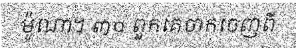
ម៉ូណា។ ៣០ ពួកគេចាកចេញពី